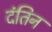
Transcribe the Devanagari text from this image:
दंतिन